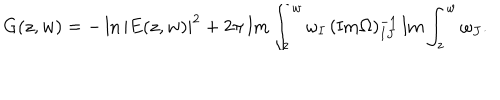
G ( z , w ) = - \ln | E ( z , w ) | ^ { 2 } + 2 \pi \, \mathrm { I m } \int _ { z } ^ { w } \omega _ { I } \, ( \mathrm { I m } \Omega ) _ { I J } ^ { - 1 } \, \mathrm { I m } \int _ { z } ^ { w } \omega _ { J } .